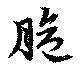
脆